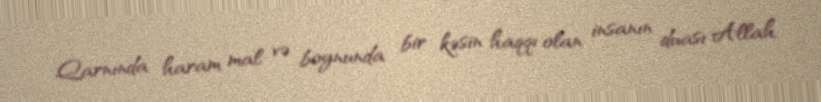
Qarnında haram mal və boynunda bir kəsin haqqı olan insanın duası Allah